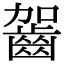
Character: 𪗬